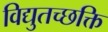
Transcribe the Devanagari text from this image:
विद्युतच्छक्ति